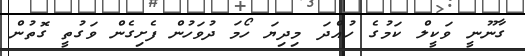
ގާނޫނީ ވަކީލް ކަމުގެ ހުއްދަ މިދިޔަ ހޯމަ ދުވަހުން ފެށިގެން ވަގުތީ ގޮތުން